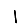
Digit: 1